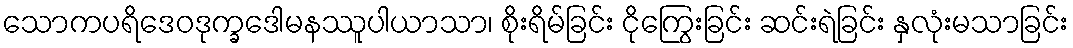
သောကပရိဒေဝဒုက္ခဒေါမနဿူပါယာသာ၊ စိုးရိမ်ခြင်း ငိုကြွေးခြင်း ဆင်းရဲခြင်း နှလုံးမသာခြင်း